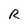
Character: R